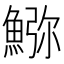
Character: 𩸹